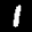
Label: 1